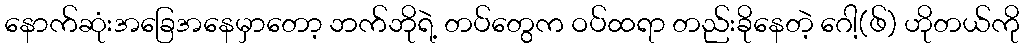
နောက်ဆုံးအခြေအနေမှာတော့ ဘက်ဘိုရဲ့ တပ်တွေက ဝပ်ထရာ တည်းခိုနေတဲ့ ဂေါ့(ဖ်) ဟိုတယ်ကို